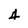
Character: 4